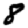
Digit: 8